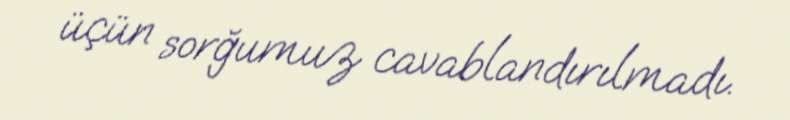
üçün sorğumuz cavablandırılmadı.